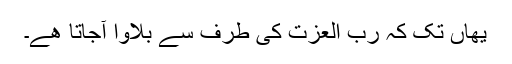
یھاں تک کہ رب العزت کی طرف سے بلاوا آجاتا ھے۔